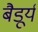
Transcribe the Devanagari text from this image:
बैडूर्य